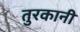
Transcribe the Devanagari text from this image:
तुरकानी